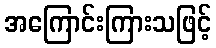
အကြောင်းကြားသဖြင့်